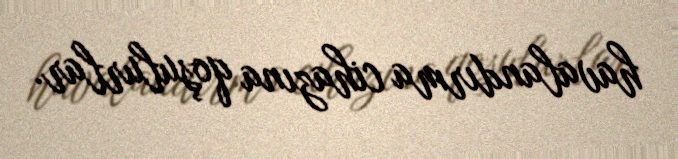
havalandırma cihazına qoşulurlar.